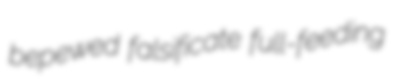
bepewed falsificate full-feeding